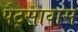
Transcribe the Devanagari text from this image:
पैट्सावास